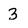
Character: 3